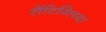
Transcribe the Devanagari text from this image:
सैंटिग्लिया